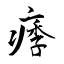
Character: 痵